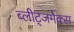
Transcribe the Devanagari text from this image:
ब्लीट्जमैक्स